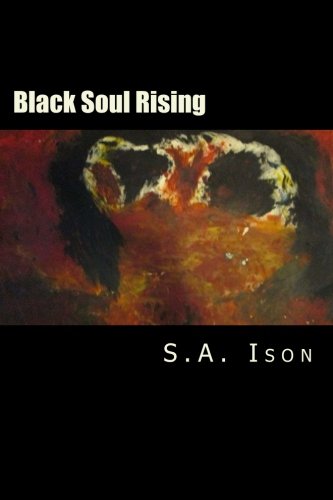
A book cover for Black Soul Rising: From The Taldano Files; S. A. Ison; Biographies & Memoirs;